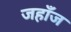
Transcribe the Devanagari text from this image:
जहाँज